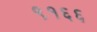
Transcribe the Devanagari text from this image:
९१६६